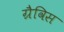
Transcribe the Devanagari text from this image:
ग्रैविस